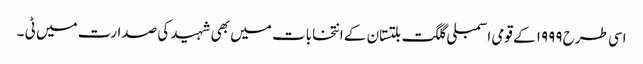
اسی طرح ۱۹۹۹ کے قومی اسمبلی گلگت بلتستان کے انتخابات میں بھی شہید کی صدارت میں ٹی ۔